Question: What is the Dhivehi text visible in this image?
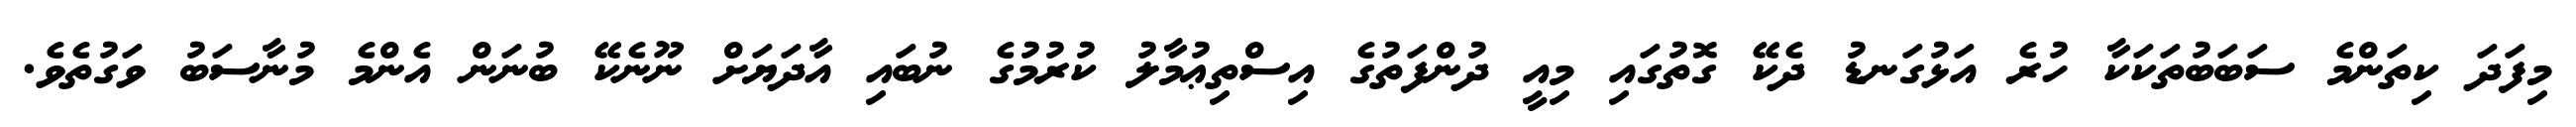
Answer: މިފަދަ ކިތަންމެ ސަބަބުތަކަކާ ހުރެ އަޅުގަނޑު ދެކޭ ގޮތުގައި މިއީ ދުންފަތުގެ އިސްތިޢުމާލު ކުރުމުގެ ނުބައި އާދަޔަށް ނޫނެކޭ ބުނަން އެންމެ މުނާސަބު ވަގުތެވެ.